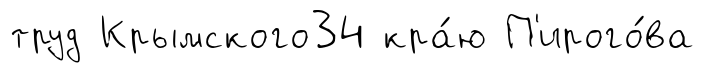
труд Крымского34 кра́ю П'ирого́ва